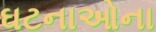
ઘટનાઓના